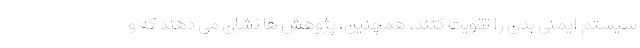
سیستم ایمنی بدن را تقویت کنند. همچنین، پژوهش ها نشان می دهند که و